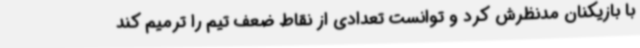
با بازیکنان مدنظرش کرد و توانست تعدادی از نقاط ضعف تیم را ترمیم کند